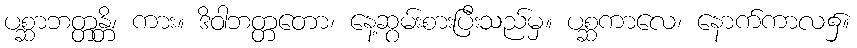
ပစ္ဆာဘတ္တန္တိ၊ ကား။ ဒိဝါဘတ္တတော၊ နေ့ဆွမ်းစားပြီးသည်မှ။ ပစ္ဆကာလေ၊ နောက်ကာလ၌။